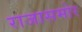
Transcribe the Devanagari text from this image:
राजासमोर